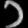
Digit: ၁